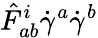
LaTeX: {\hat{F}}_{ab}^{i}{\dot{\gamma}}^{a}{\dot{\gamma}}^{b}